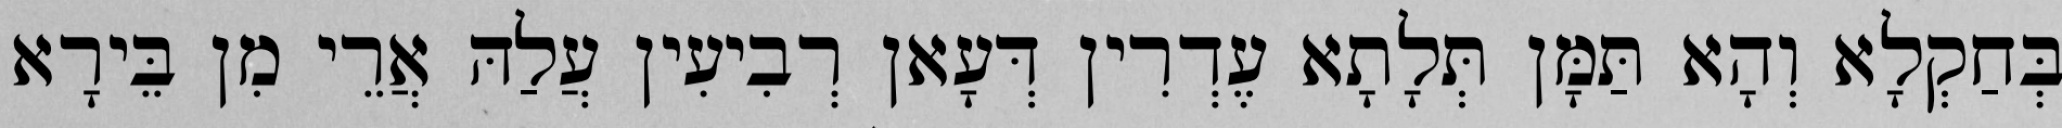
בְּחַקְלָא וְהָא תַּמָּן תְּלָתָא עֶדְרִין דְּעָאן רְבִיעִין עֲלַהּ אֲרֵי מִן בֵּירָא